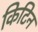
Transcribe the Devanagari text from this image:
किटिन